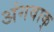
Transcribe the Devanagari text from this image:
अंगवाक्